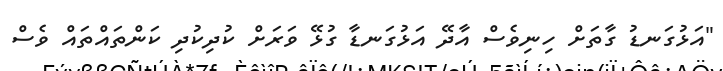
"އަޅުގަނޑު ގާތަށް ހިނިވެސް އާދޭ އަޅުގަނޑާ ގުޅޭ ވަރަށް ކުދިކުދި ކަންތައްތައް ވެސް